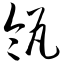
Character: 瓴